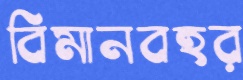
বিমানবহর